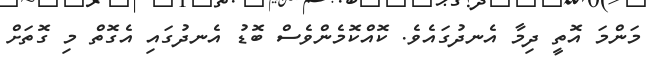
މަންމަ އޮތީ ދިމާ އެނދުގައެވެ. ކޮއްކޮމެންވެސް ބޮޑު އެނދުގައި އެގޮތް މި ގޮތަށް